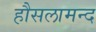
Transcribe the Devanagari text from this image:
हौसलामन्द